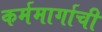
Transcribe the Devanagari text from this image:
कर्ममार्गाची